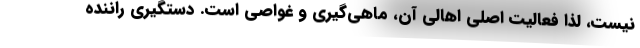
نیست، لذا فعالیت اصلی اهالی آن، ماهی‌گیری و غواصی است. دستگیری راننده